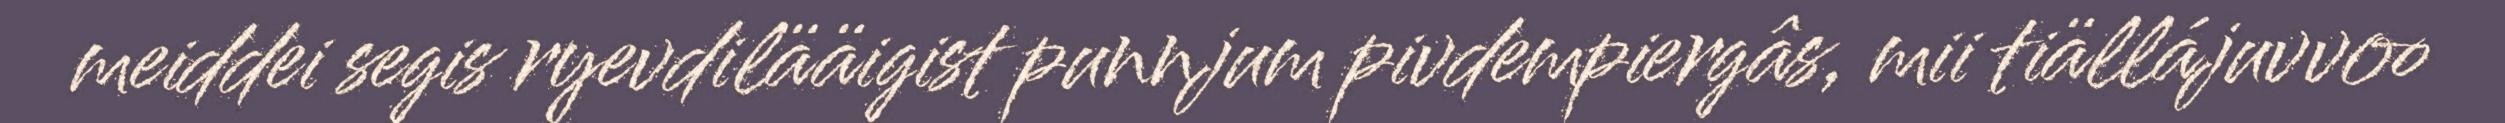
meiddei segis ryevdilääigist punnjum pivdempiergâs, mii tiällájuvvoo